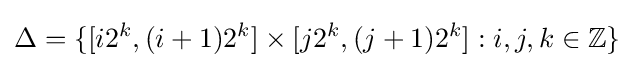
\Delta =\{[i2^{k},(i+1)2^{k}]\times [j2^{k},(j+1)2^{k}]:i,j,k\in \mathbb {Z} \}